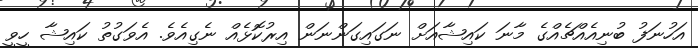
އަހުނަފު ބުނިއެއްޗެއްގެ މާނަ ކައިޝާއަށް ނަގައިގަންނަން އިރުކޮޅެއް ނެގިއެވެ. އެވަގުތު ކައިޝާ ހީވީ